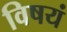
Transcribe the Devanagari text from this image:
विषयं